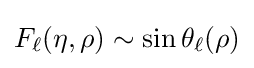
F_{\ell }(\eta ,\rho )\sim \sin \theta _{\ell }(\rho )